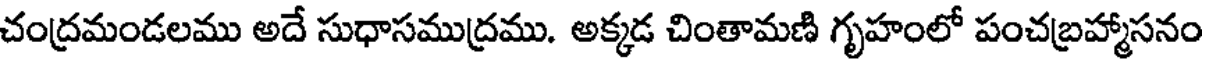
చంద్రమండలము అదే సుధాసముద్రము. అక్కడ చింతామణి గృహంలో పంచబ్రహ్మాసనం